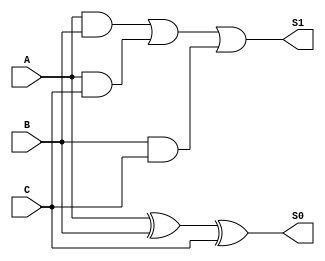
module CSA_1bit (S1, S0, A, B, C);

output S1, S0;
input A, B, C;

assign S0 = A ^ B ^ C;
assign S1 = (A & B) | (A & C) | (B & C);

endmodule